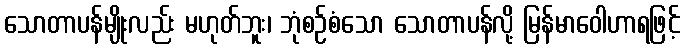
သောတာပန်မျိုးလည်း မဟုတ်ဘူး၊ ဘုံစဉ်စံသော သောတာပန်လို့ မြန်မာဝေါဟာရဖြင့်